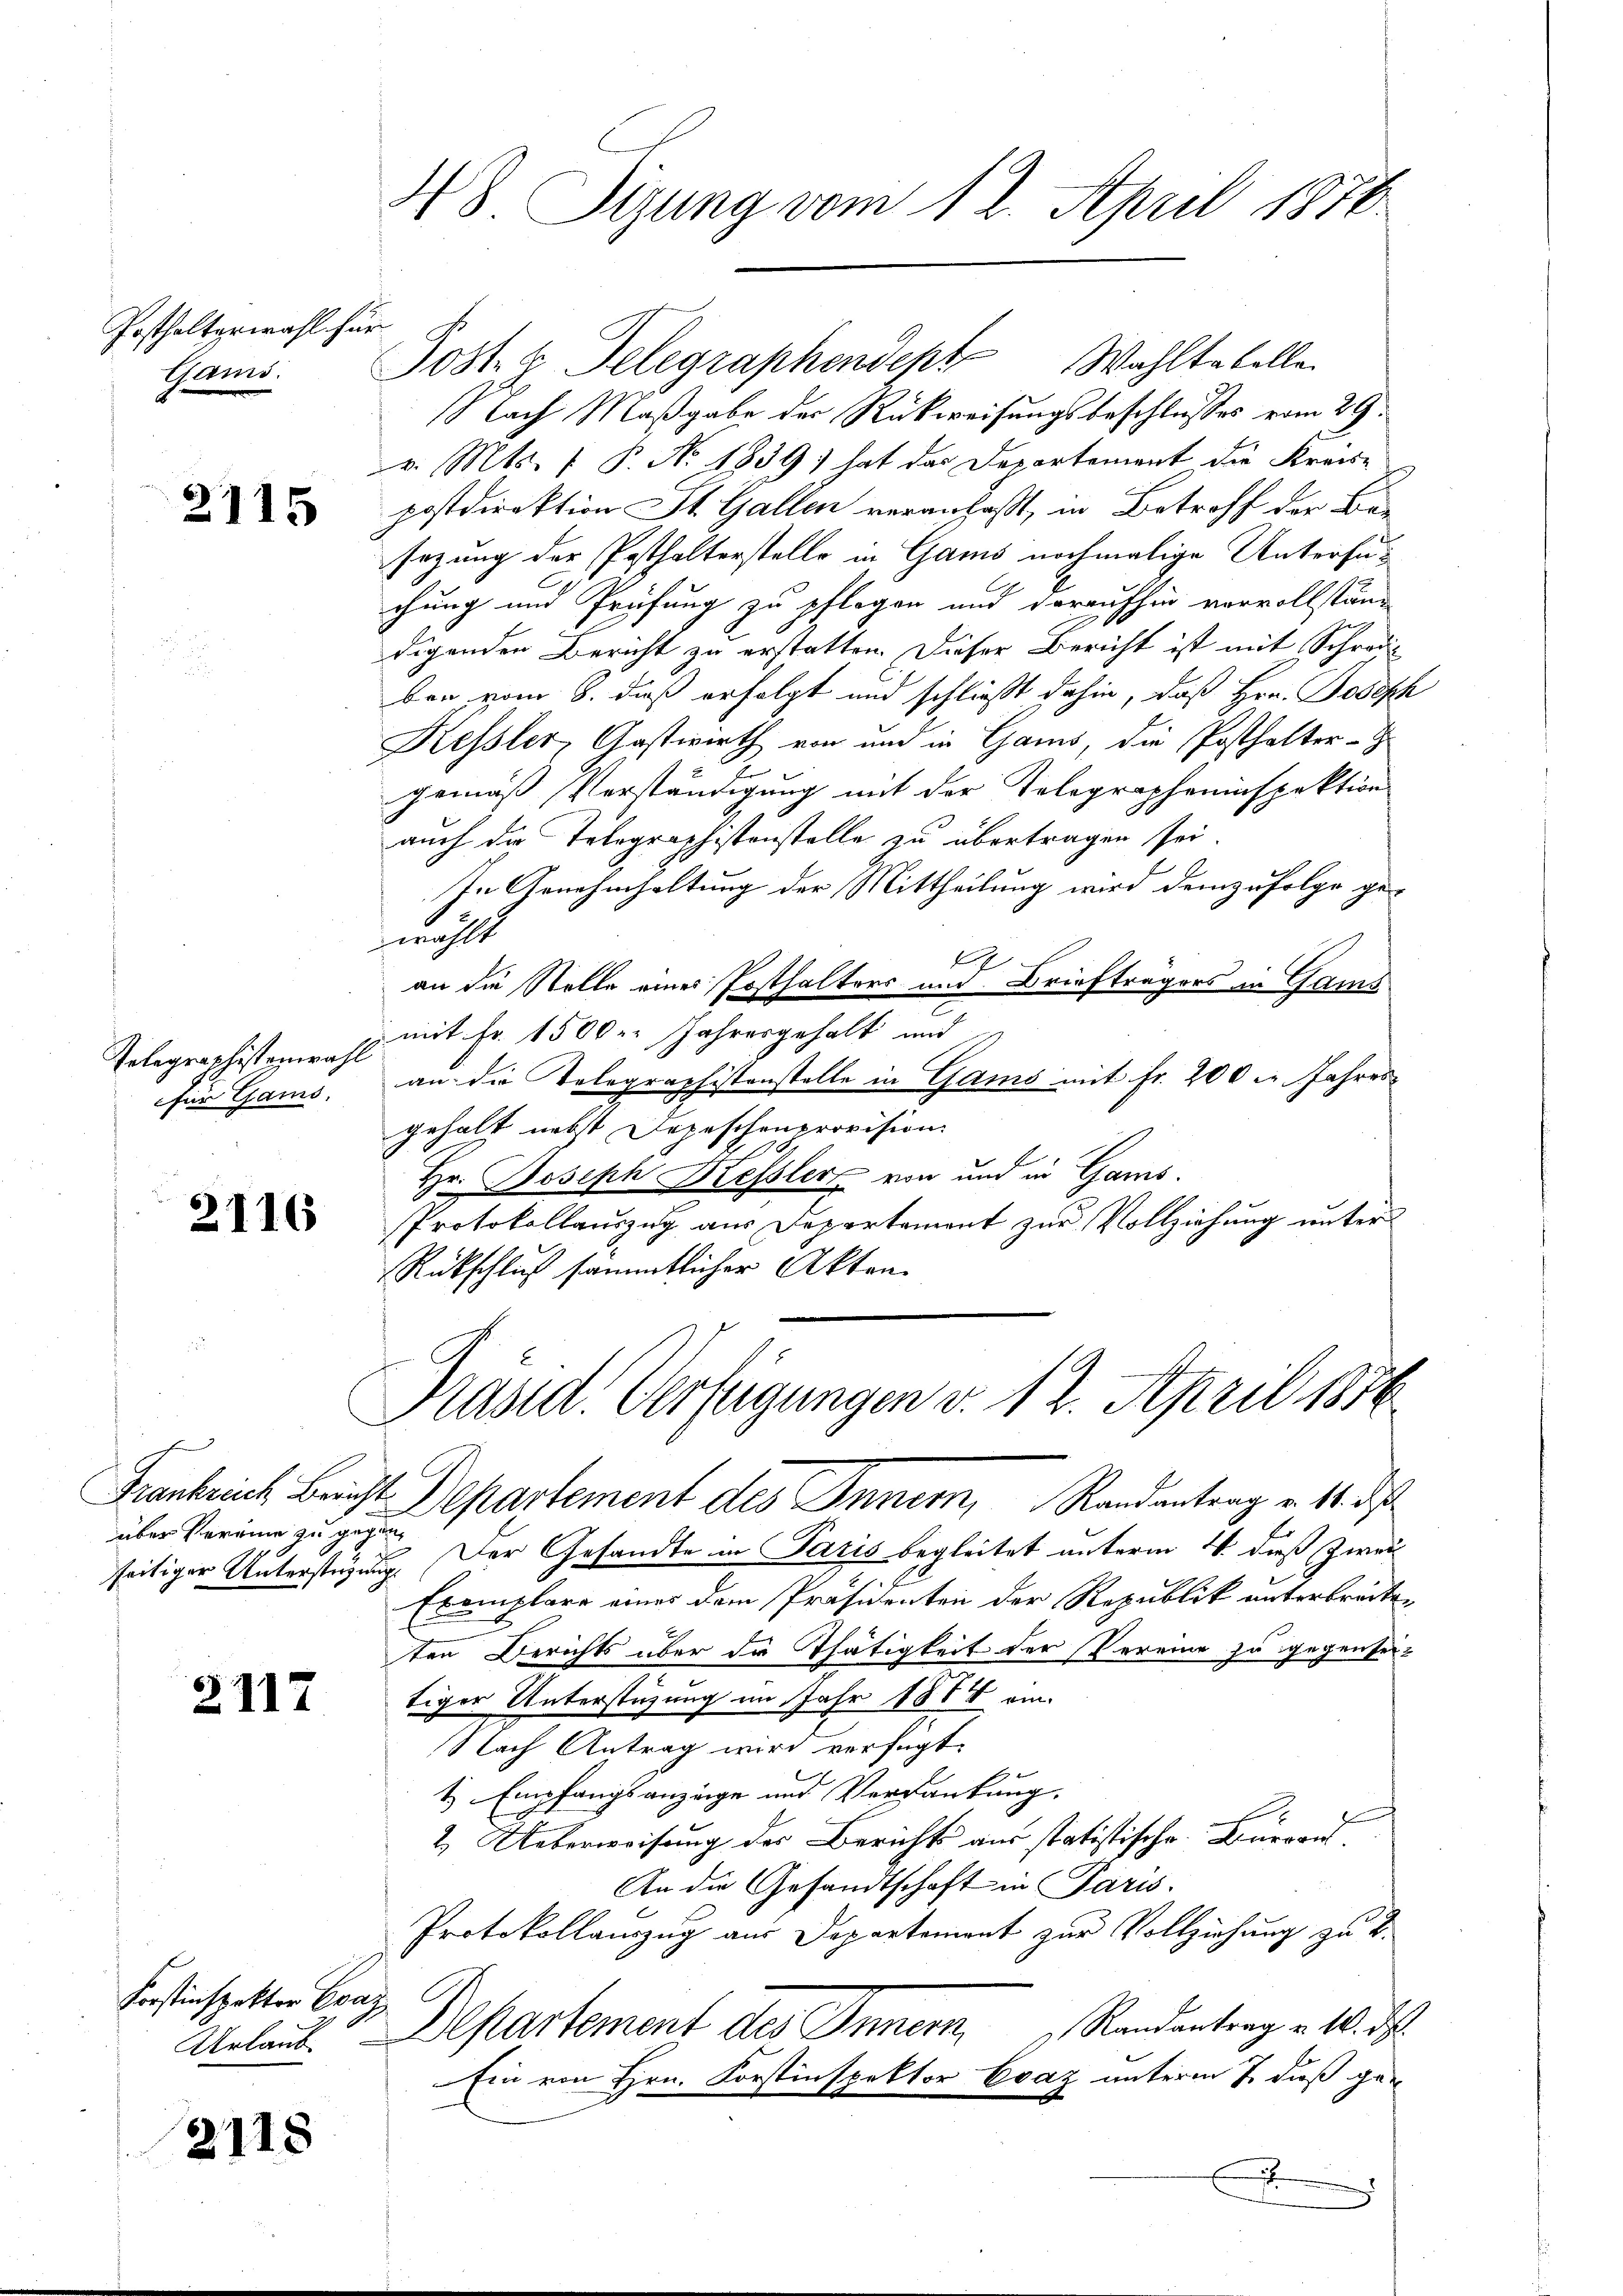
Posthalterwahl für
Elend.

2115

Relegraphisterwahl
für Gams.

2116

Frankreich Bern
über Vereine zu geseitiger Unterstehe

2117

Forstinspektor Evaz
Urlaub

2118

48 Sizung vom 12. April 1870.

Post. x Telegraphendept Wahltabelle.
Nach Maßgabe der Rückweisungsbeschlusses vom 29.
v. Mts. f. P. No. 1839 hat das Departement die Kreise
postdirektion St. Gallen veranlaßt, in Betroff der Be-
sezung der Posthalterstelle in Gams nochmalige Untersuchung und Prüfung zu pflegen und daraufhin vorvollständigenden Bericht zu erstatten. Dieser Bericht ist mit Schreiben vom 8. dieß erfolgt und schließt dahin, daß Hrn. Joseph
Kessler, Gastwirth von und in Gams, die Posthalter-G
gemäß Verständigung mit der Telegrapheninspektion
auch die Telegraphistenstelle zu übertragen sei.
In Genehmhaltung der Mittheilung wird demzufolge ge-
wählt
A
an die Stelle eines Posthalters und Briefträgers in Gams
mit Fr. 1500 r. Jahresgehalt und
an die Telegraphistenstelle in Gams mit Fr. 200 l. Jahres
gehalt nebst Depeschenprovision
E
Hr. Joseph Kessler von und in Gams.
Protokollauszug aus Departement zur Vollziehung unter
Rückschluß sämmtlicher Akten.
Präsid. Verfügungen v. 12. April 1876
Departement des Inner, Randentrag v. 11. d
2. Der Gesandte in Paris begleitet unterm 4. dieß zwei
Exemplare eines dem Präsidenten der Republik unterbreiten
ten Berichts über die Thätigkeit der Vereine zu gegenseitiger Unterstüzung im Jahr 1888 am
Nach Antrag wird verfügt:
t Empfangsanzeige und Verdankung.
2. Ueberweisung des Berichts aus statistische Büreau
An die Gesandtschaft in Paris.
Protokollauszug aus Departement zur Vollziehung zu t
Departement des Innern Randantrag u. 10. d.
Ein von Hrn. Forstinspektor Evaz unterm 7. daß ge¬
E